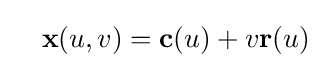
\quad \mathbf {x} (u,v)=\mathbf {c} (u)+v\mathbf {r} (u)